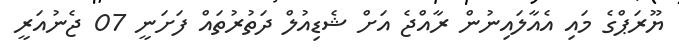
ޔޫރަޕްގެ މައި އެއާލައިނުން ރާއްޖެ އަށް ޝެޑިއުލް ދަތުރުތައް ފަށަނީ 07 ޖެނުއަރީ